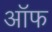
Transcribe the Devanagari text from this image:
अॉफ